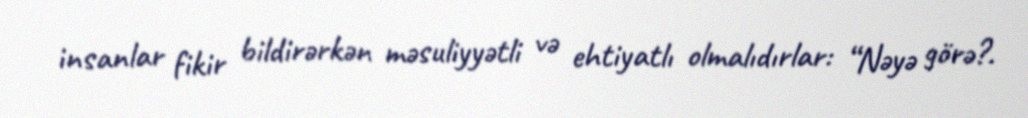
insanlar fikir bildirərkən məsuliyyətli və ehtiyatlı olmalıdırlar: “Nəyə görə?.